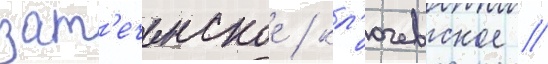
зат'еченское / кл'ючевское /